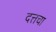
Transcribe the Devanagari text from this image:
दत्तचा